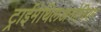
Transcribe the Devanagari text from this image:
ट्राईमेथिलअनोनियम